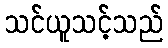
သင်ယူသင့်သည်